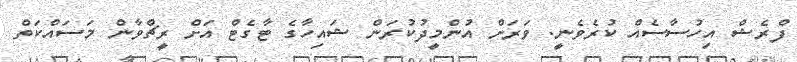
ފްރެޝް އިހުސާސެއް ކުރެވެނީ. ވަރަށް އުންމީދުކުރަން ޝައިހާގެ ޓާގެޓް އަށް ރީޗްވާން މަސައްކަތް